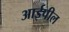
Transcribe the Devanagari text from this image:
आईपील